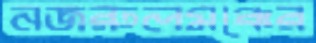
নজরুলমঞ্চের